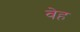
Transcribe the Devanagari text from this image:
वेह